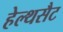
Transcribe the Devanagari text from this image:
हेल्थसैट